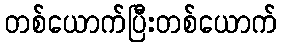
တစ်ယောက်ပြီးတစ်ယောက်